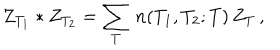
LaTeX: Z _ { T _ { 1 } } * Z _ { T _ { 2 } } = \sum _ { T } \, n ( T _ { 1 } , T _ { 2 } ; T ) \, Z _ { T } \, ,